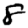
Digit: 8